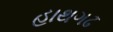
હાથગઢ